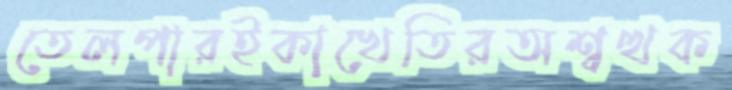
তেলপারইকাখেতিরঅশ্বত্থক